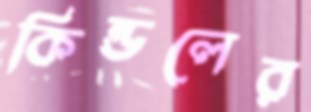
কিন্ডলের